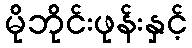
မိုဘိုင်းဖုန်းနှင့်